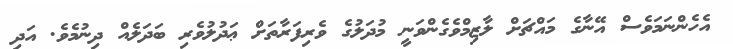
އެހެންނަމަވެސް އޭނާގެ މައްޗަށް ލާޒިމްވެގެންވަނީ މުދަލުގެ ވެރިފަރާތަށް ޢަދުލުވެރި ބަދަލެއް ދިނުމެވެ. އަދި